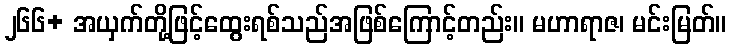
၂၆၆+ အယှက်တို့ဖြင့်ထွေးရစ်သည်အဖြစ်ကြောင့်တည်း။ မဟာရာဇ၊ မင်းမြတ်။